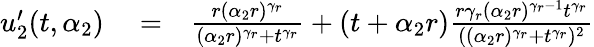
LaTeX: \begin{array}{rlr}{u_{2}^{\prime}(t,\alpha_{2})}&{{}=}&{\frac{r(\alpha_{2}r)^{\gamma_{r}}}{(\alpha_{2}r)^{\gamma_{r}}+t^{\gamma_{r}}}+(t+\alpha_{2}r)\frac{r\gamma_{r}(\alpha_{2}r)^{\gamma_{r}-1}t^{\gamma_{r}}}{((\alpha_{2}r)^{\gamma_{r}}+t^{\gamma_{r}})^{2}}}\end{array}